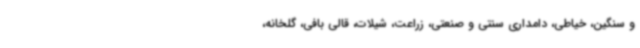
و سنگین، خیاطی، دامداری سنتی و صنعتی، زراعت، شیلات، قالی بافی، گلخانه،